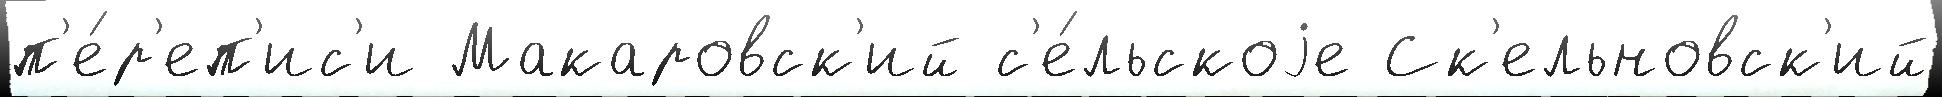
п'е́р'еп'ис'и Макаровск'ий с'е́льскоjе Ск'ельновск'ий